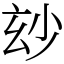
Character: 玅